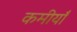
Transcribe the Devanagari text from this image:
कमीयाँ